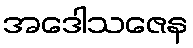
အဒေါသဇေန